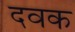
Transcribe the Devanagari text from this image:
दवक